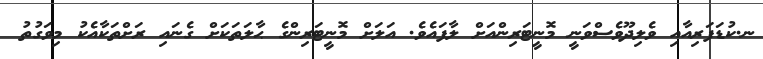
ނ.ކުޑަފަރިއާއި ވެލިދޫވެސްވަނީ މޮނީޓަރިންއަށް ލާފައެވެ. އަލަށް މޮނީޓަރިންގެ ޙާލަތަކަށް ގެނައި ރަށްތަކާއެކު މިވަގުތު